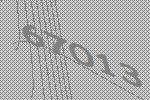
67013